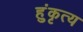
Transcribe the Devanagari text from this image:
हुंकृत्य